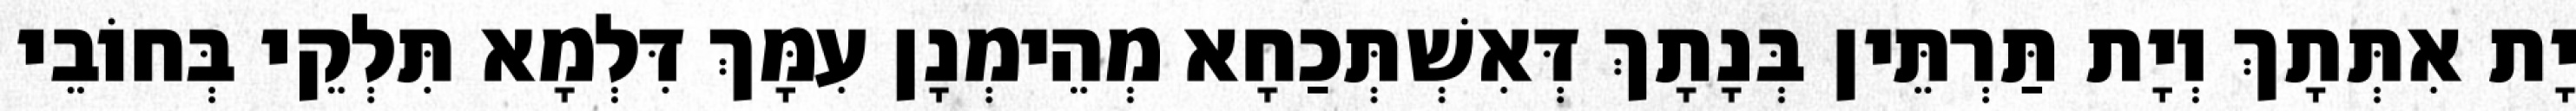
יָת אִתְּתָךְ וְיָת תַּרְתֵּין בְּנָתָךְ דְּאִשְׁתְּכַחָא מְהֵימְנָן עִמָּךְ דִּלְמָא תִּלְקֵי בְּחוֹבֵי